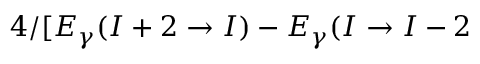
4 / [ E _ { \gamma } ( I + 2 \rightarrow I ) - E _ { \gamma } ( I \rightarrow I - 2